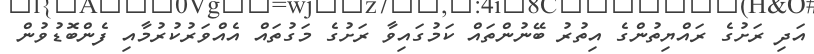
އަދި ރަށުގެ ރައްޔިތުންގެ އިތުރު ބޭނުންތައް ކަމުގައިވާ ރަށުގެ މަގުތައް އެއްވަރުކުރުމާއި ފެންބޮޑުވުން